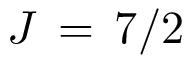
J \, = \, 7 / 2